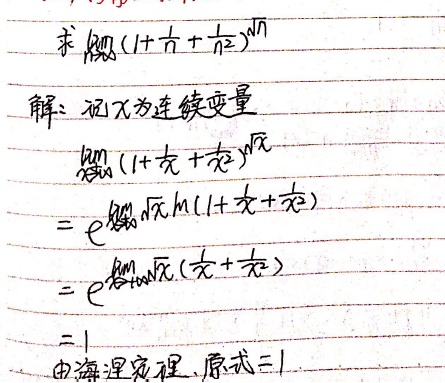
求\(\lim_{n \to \infty}(1 + \frac{1}{n}+\frac{1}{n^{2}})^{\sqrt{n}}\)
解：记\(x\)为连续变量
\[
\lim_{x \to +\infty}(1 + \frac{1}{x}+\frac{1}{x^{2}})^{\sqrt{x}}
\]
\[
=e^{\lim_{x \to +\infty}\sqrt{x}\ln(1 + \frac{1}{x}+\frac{1}{x^{2}})}
\]
\[
=e^{\lim_{x \to +\infty}\sqrt{x}(\frac{1}{x}+\frac{1}{x^{2}})}
\]
\[
=1
\]
由海涅定理，原式 \( = 1\)